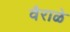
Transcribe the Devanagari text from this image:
वैराळे